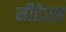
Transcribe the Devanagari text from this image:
नीहेरस